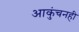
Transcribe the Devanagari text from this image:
आकुंचनही